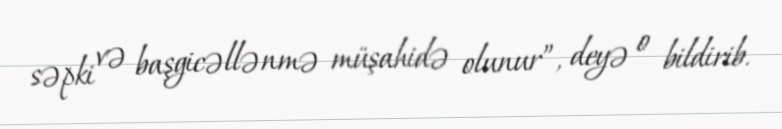
səpki və başgicəllənmə müşahidə olunur”, deyə o bildirib.